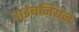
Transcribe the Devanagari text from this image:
हाईबर्नियन